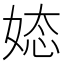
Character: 𮱉